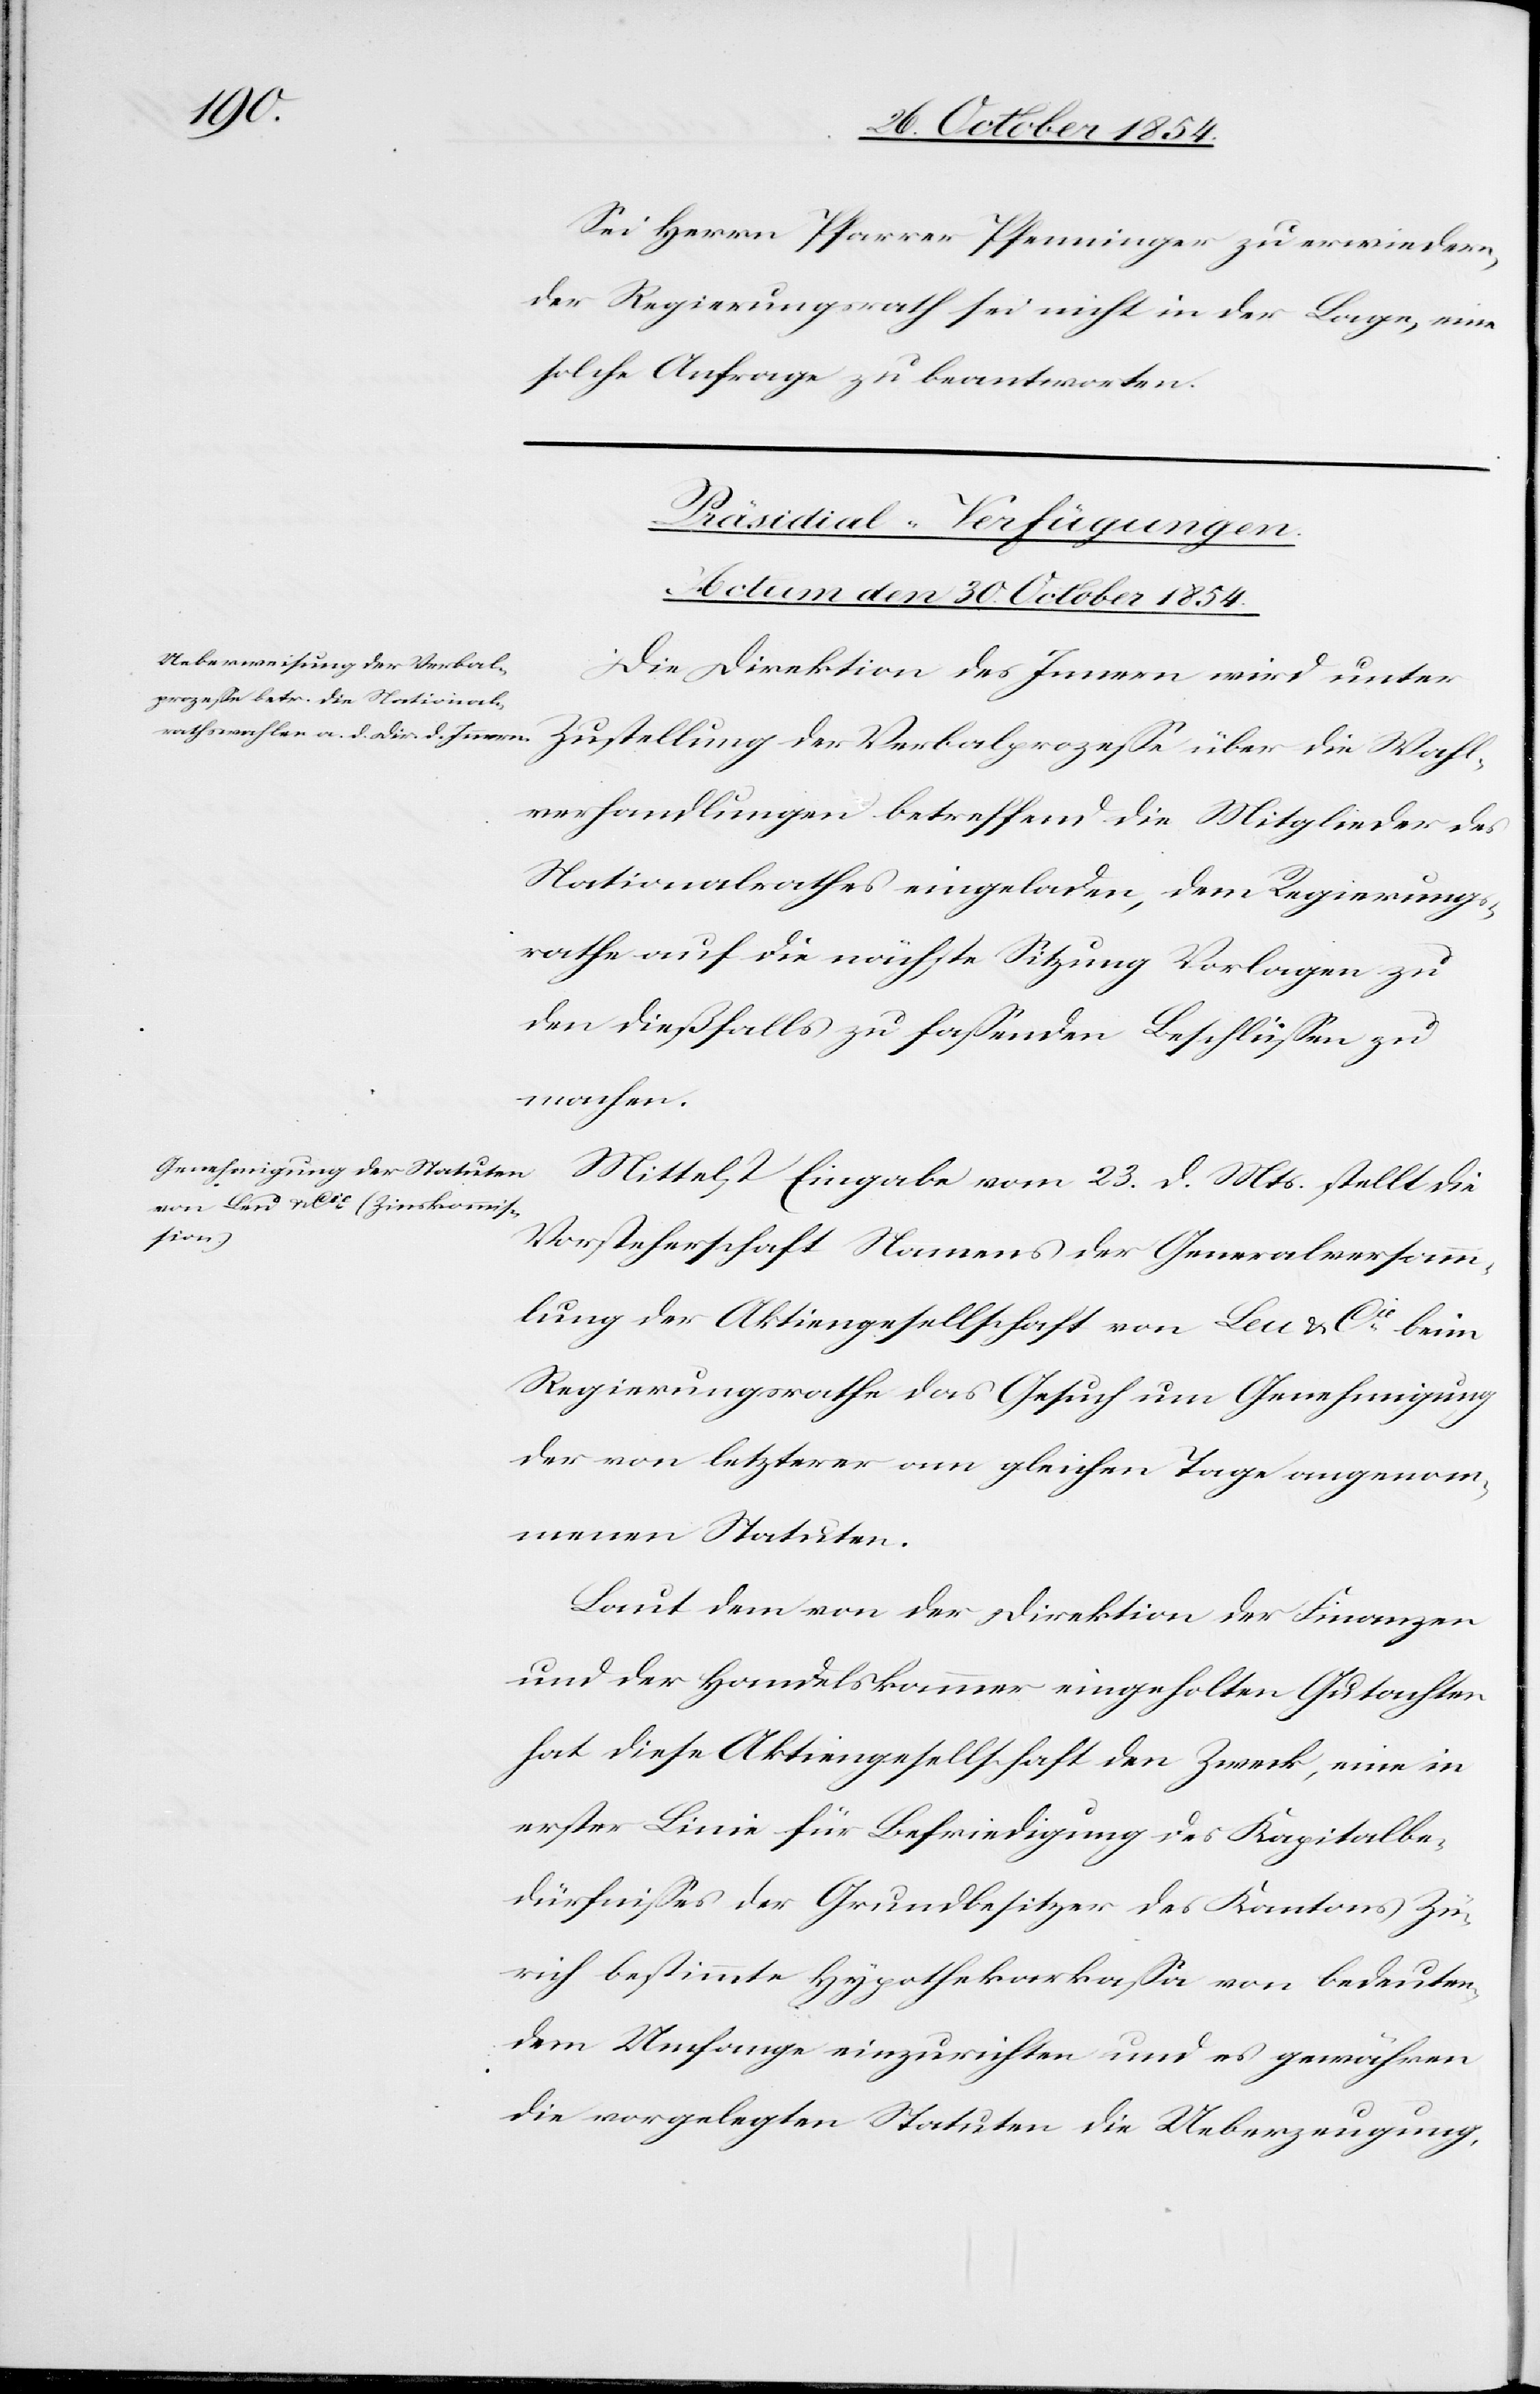
Sei Herrn Pfarrer Pfenninger zu erwiedern,
der Regierungsrath sei nicht in der Lage, eine
solche Anfrage zu beantworten.
[Präsidial-Verfügungen.
Actum den 30. October 1854.]
Die Direktion des Innern wird unter
Zustellung der Verbalprozeße über die Wahl¬
verhandlungen betreffend die Mitglieder des
Nationalrathes eingeladen, dem Regierungs¬
rathe auf die nächste Sitzung Vorlagen zu
den dießfalls zu faßenden Beschlüßen zu
machen.
Mittelst Eingabe vom 23. d. Mts. stellt die
Vorsteherschaft Namens der Generalversamm¬
lung der Aktiengesellschaft von Leu & Cie beim
Regierungsrathe das Gesuch um Genehmigung
der von letzterer am gleichen Tage angenom¬
menen Statuten.
Laut dem von der Direktion der Finanzen
und der Handelskammer eingeholten Gutachten
hat diese Aktiengesellschaft den Zweck, eine in
erster Linie für Befriedigung des Kapitalbe¬
dürfnißes der Grundbesitzer des Kantons Zü¬
rich bestimmte Hypothekarkaßa von bedeuten¬
dem Umfange einzurichten und es gewähren
die vorgelegten Statuten die Ueberzeugung,